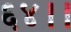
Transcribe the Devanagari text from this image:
६४।।